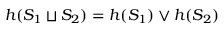
\begin{array} { r } { h ( S _ { 1 } \sqcup S _ { 2 } ) = h ( S _ { 1 } ) \vee h ( S _ { 2 } ) } \end{array}